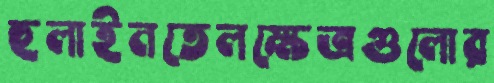
হুলাইনতেলক্ষেত্রগুলোর